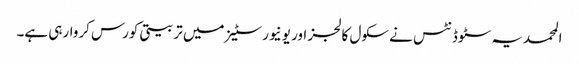
المحمدیہ سٹوڈنٹس نے سکول کالجز اور یونیورسٹیز میں تربیتی کورس کروارہی ہے۔